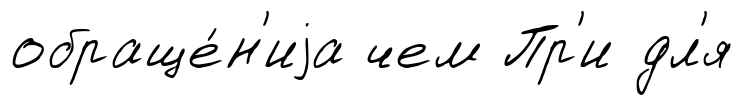
обраще́н'иjа чем Пр'и дл'я